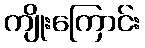
ကျိုးကြောင်း